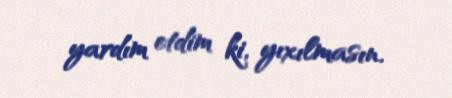
yardım etdim ki, yıxılmasın.